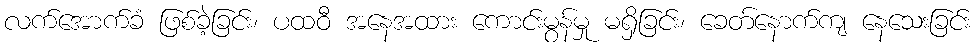
လက်အောက်ခံ ဖြစ်ခဲ့ခြင်း၊ ပထဝီ အနေအထား ကောင်းမွန်မှု မရှိခြင်း၊ ခေတ်နောက်ကျ နေသေးခြင်း